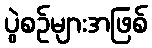
ပွဲစဉ်များအဖြစ်